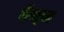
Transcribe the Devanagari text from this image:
हेम्‍स